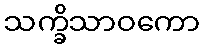
သက္ခိသာဝကော